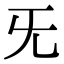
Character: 旡